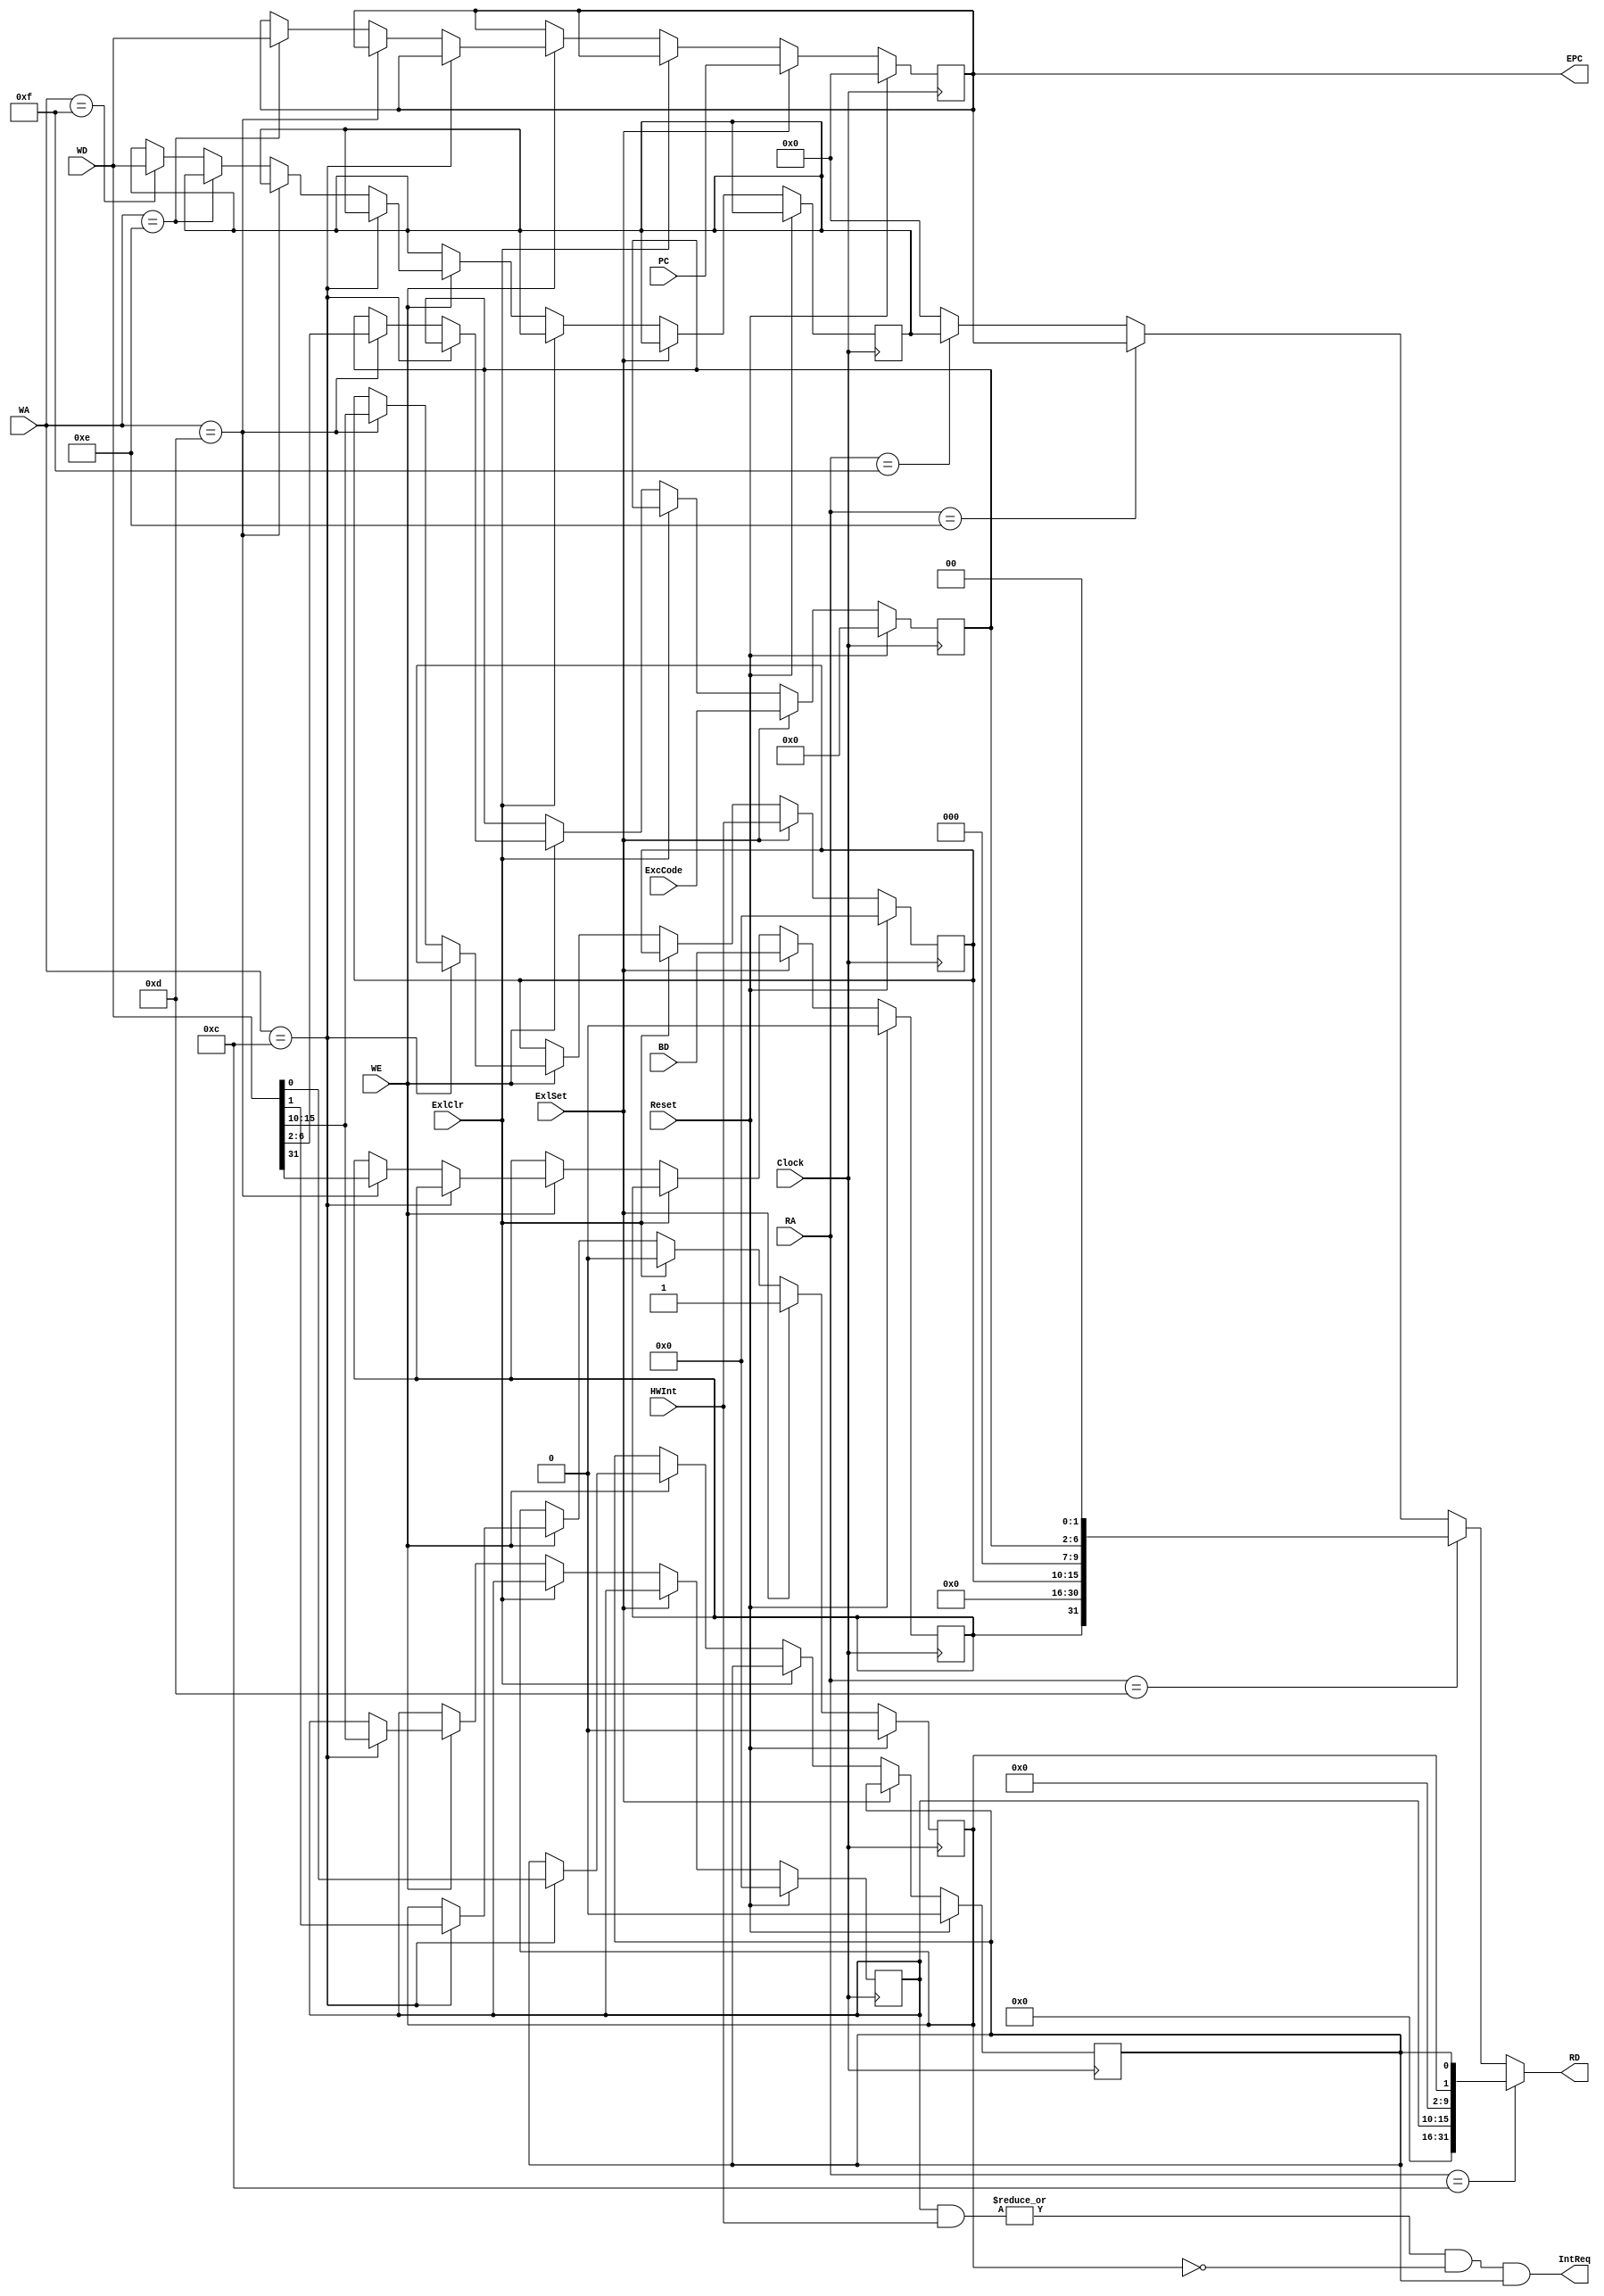
/*
version 7.1 - 2018.12.12 - CauseIPHWInt
version 8.0 - 2018.12.29 - CauseHWIntHWInt
*/
`timescale 1ns / 1ps
module CP0(Clock,Reset,WE,ExlSet,ExlClr,							
			  RA,WA,WD,PC,ExcCode,BD,
			  HWInt,
			  IntReq,EPC,RD);
		
		input Clock;
		input Reset;
		input WE;							// EMCtrl
		input ExlSet;						// ExcCtrl --- ExcCtrlCp0
		input ExlClr;						// EDMCtrl
		input [4:0] RA;					// EM_IR
		input [4:0] WA;					// EM_IR
		input [31:0] WD;					// EM_IR
		input [31:0] PC;					// PCMUXEPC
		input [6:2] ExcCode;				// ExcMuxCause
		input BD;							// M_BDCause
		input [5:0] HWInt;				// 
		output IntReq;						//  -> ExcCtrl
		output [31:0] EPC;				// EPC -> NPC
		output [31:0] RD;					//  -> MUX @ E-level
		
		wire [31:0] empty;
		// SR
		wire [31:0] sr;
		reg [15:10] im;
		reg exl;
		reg ie;
		// Cause
		wire [31:0] cause;
		reg bd;
		reg [15:10] ip;
		reg [6:2] exccode;
		// EPC
		reg [31:0] epc;
		// PRID
		reg [31:0] prid;
		
		// combine sr and cause
		assign empty = 32'h00000000;
		assign sr = {empty[31:16],im[15:10],empty[9:2],exl,ie};
		assign cause = {bd,empty[30:16],ip[15:10],empty[9:7],exccode[6:2],empty[1:0]};
		
		// output 1: IntReq
		assign IntReq = (|(im[15:10] & HWInt[5:0])) & (~exl) & ie;
		
		// output 2: EPC
		assign EPC = epc;
		
		// output 3: RD
		assign RD = (RA==12)?sr:
						(RA==13)?cause:
						(RA==14)?epc:
						(RA==15)?prid:
						32'h00000000;
		
		// 
		initial begin
			im = 0;
			exl = 0;
			ie = 0;
			
			bd = 0;
			ip = 0;
			exccode = 0;
			
			epc = 0;
			
			prid = 32'h19990805;
		end
		
		always @(posedge Clock)begin
			// ip <= HWInt;														// debug : IP copy the HWInt
			if(Reset)begin
				im <= 0;
				exl <= 0;
				ie <= 0;
				
				bd <= 0;
				ip <= 0;
				exccode <= 0;
				
				epc <= 0;
			end
			else begin
				// situation: 
				if(ExlSet)begin
					exl <= 1;
					bd <= BD;
					ip <= HWInt;
					exccode <= ExcCode;
					epc <= PC;
				end
				// situation: -eret
				else if(ExlClr)begin
					exl <= 0;																		// ?  cause
				end
				// situation: cp0
				else if(WE)begin
					// SR
					if(WA==12)begin
						im[15:10] <= WD[15:10];
						exl <= WD[1];
						ie <= WD[0];
					end
					// Cause
					else if(WA==13)begin
						bd <= WD[31];
						ip[15:10] <= WD[15:10];
						exccode[6:2] <= WD[6:2];
					end
					else if(WA==14)	{epc}<=WD;
					else if(WA==15)	{prid}<=WD;
				end
			end
		end

endmodule